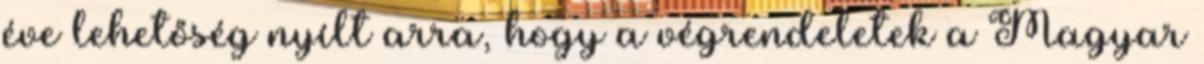
éve lehetőség nyílt arra, hogy a végrendeletek a Magyar